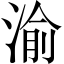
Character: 渝